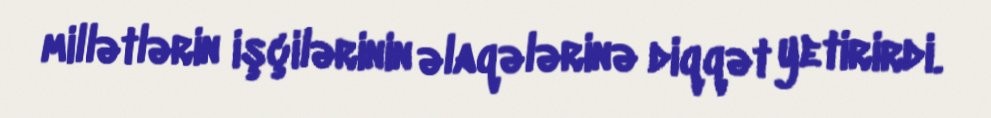
millətlərin işçilərinin əlaqələrinə diqqət yetirirdi.